画像に写った文字を読んでください
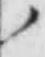
「ノ」と書いてあります